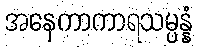
အနေကာကာရသမ္ပန္နံ